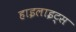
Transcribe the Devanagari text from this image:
हाइलाइट्स